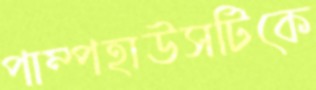
পাম্পহাউসটিকে